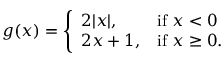
g ( x ) = { \left\{ \begin{array} { l l } { 2 | x | , } & { { \mathrm { i f ~ } } x < 0 } \\ { 2 x + 1 , } & { { \mathrm { i f ~ } } x \geq 0 . } \end{array} \right. }